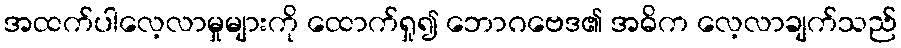
အထက်ပါလေ့လာမှုများကို ထောက်ရှု၍ ဘောဂဗေဒ၏ အဓိက လေ့လာချက်သည်